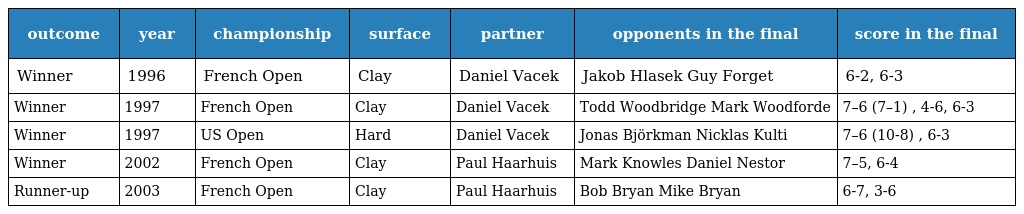
| outcome | year | championship | surface | partner | opponents in the final | score in the final |
 | --- | --- | --- | --- | --- | --- | --- |
 | Winner | 1996 | French Open | Clay | Daniel Vacek | Jakob Hlasek Guy Forget | 6-2, 6-3 |
 | Winner | 1997 | French Open | Clay | Daniel Vacek | Todd Woodbridge Mark Woodforde | 7–6 (7–1) , 4-6, 6-3 |
 | Winner | 1997 | US Open | Hard | Daniel Vacek | Jonas Björkman Nicklas Kulti | 7–6 (10-8) , 6-3 |
 | Winner | 2002 | French Open | Clay | Paul Haarhuis | Mark Knowles Daniel Nestor | 7–5, 6-4 |
 | Runner-up | 2003 | French Open | Clay | Paul Haarhuis | Bob Bryan Mike Bryan | 6-7, 3-6 |